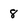
Character: 8